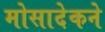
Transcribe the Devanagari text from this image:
मोसादेकने